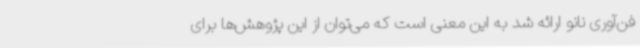
فن‌آوری نانو ارائه شد به این معنی است که می‌توان از این پژوهش‌ها برای